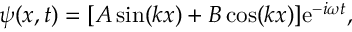
\psi ( x , t ) = [ A \sin ( k x ) + B \cos ( k x ) ] \mathrm { e } ^ { - i \omega t } ,